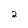
Character: 2